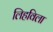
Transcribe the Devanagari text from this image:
लिहविला